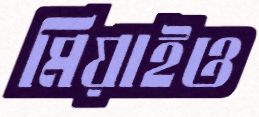
মিয়াইও